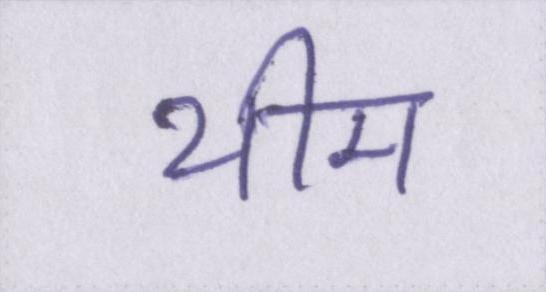
थीम